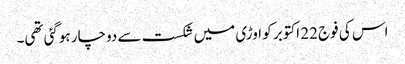
اس کی فوج 22 اکتوبر کو اوڑی میں شکست سے دوچار ہوگئی تھی۔